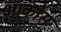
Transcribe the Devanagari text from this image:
आर्कोस